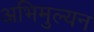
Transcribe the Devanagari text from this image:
अभिमुल्यन